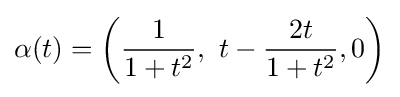
\alpha (t)=\left({\frac {1}{1+t^{2}}},\ t-{\frac {2t}{1+t^{2}}},0\right)